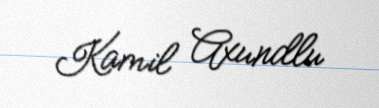
Kamil Axundlu